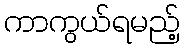
ကာကွယ်ရမည့်